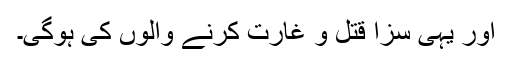
اور یہی سزا قتل و غارت کرنے والوں کی ہوگی۔